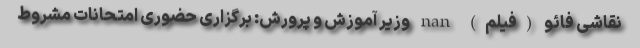
نقاشی فائو (فیلم) nan وزیر آموزش و پرورش: برگزاری حضوری امتحانات مشروط